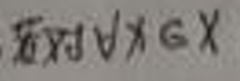
若对$\all x \belong X$